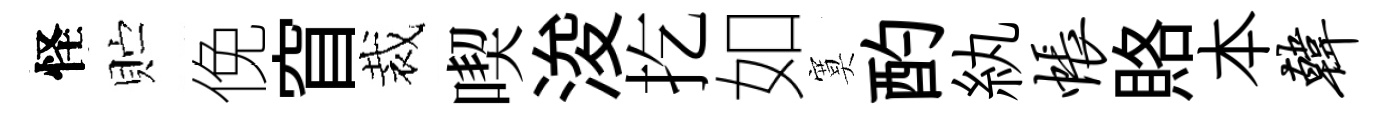
怪贮俛窅裁喫浚扢如寞酌紈帐賂本韩